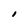
Character: I